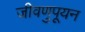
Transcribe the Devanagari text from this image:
जीवणुपूयन